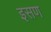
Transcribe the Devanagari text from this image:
इसण